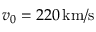
v _ { 0 } = 2 2 0 \, \mathrm { k m } / \mathrm { s }